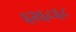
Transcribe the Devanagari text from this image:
६२६८६८